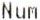
NUM